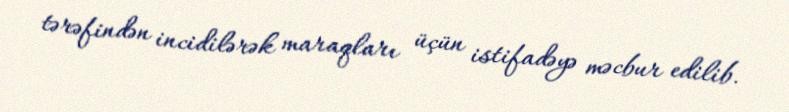
tərəfindən incidilərək maraqları üçün istifadəyə məcbur edilib.